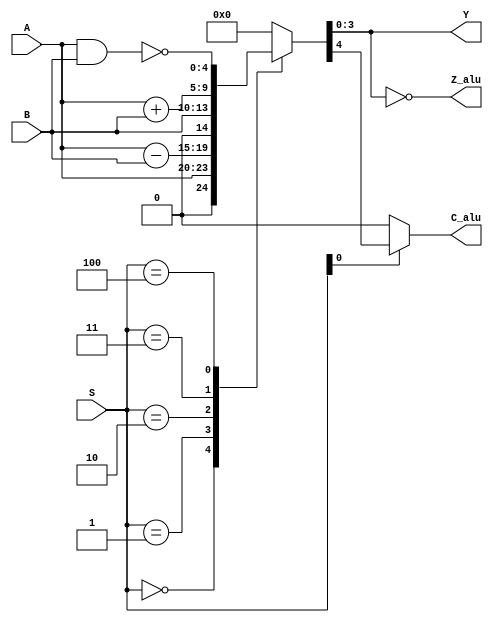

//------------------------------------------------- ALU--------------------------------------------------------

module ALU (input [3:0] A, B, input [2:0] S, output [3:0] Y, output Z_alu, C_alu);

// P es la variable de 4 bits que resivisa  el valor de las operaciones y  pasa a la salida
  reg [4:0] P;

  assign Y = P[3:0];
  assign C_alu = (S[0]) ? P[4]:0;
  assign Z_alu = (P[3:0] == 0);

  always @ ( A, B, S ) begin

//S guarda la direccin de las operaciones los cuales leera la ALU y procedera a realizar el calculo
    case (S)
      3'b000: P = A;
      3'b001: P = A-B;
      3'b010: P = B;
      3'b011: P = A+B;
      3'b100: P = ~(A&B);

     default:
            P = 0;
    endcase
  end
endmodule